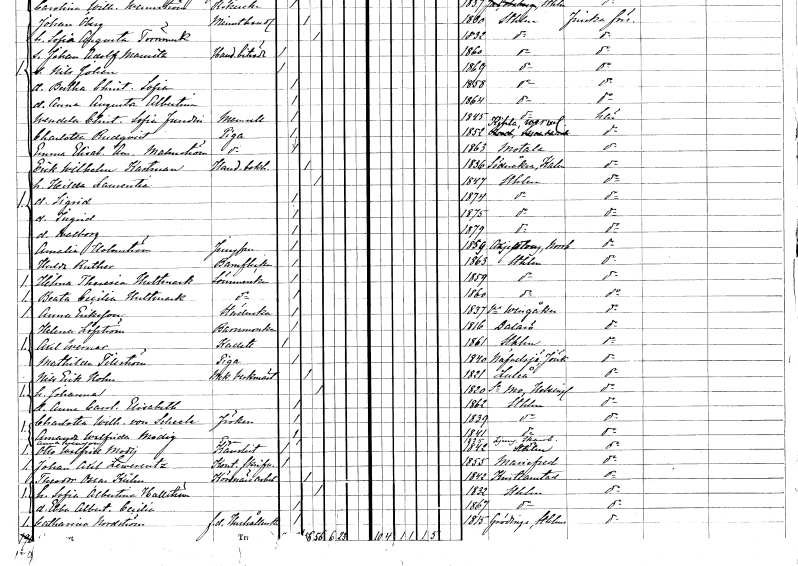
gt_parse: households: individuals: FN: Erik Wilhelm
EN: Kastman
YRKE: Handelsbokhållare
KON: M
CIV: G
FODAR: 1836
FODFORS: Söderåkra Kalmar län
FN: Hilda Laurentia
KON: K
CIV: G
FODAR: 1847
FODFORS: Stockholm
FN: Sigrid
KON: K
CIV: O
FODAR: 1874
FODFORS: Stockholm
FN: Ingrid
KON: K
CIV: O
FODAR: 1875
FODFORS: Stockholm
FN: Walborg
KON: K
CIV: O
FODAR: 1879
FODFORS: Stockholm
FN: Amalia
EN: Holmström
YRKE: Jungfru
KON: K
CIV: O
FODAR: 1859
FODFORS: Arjeplog Norrbottens län
FN: Hulda
EN: Ruther
YRKE: Barnflicka
KON: K
CIV: O
FODAR: 1863
FODFORS: Stockholm
FN: Hilma Theresia
EN: Hultmark
YRKE: Sömmerska
KON: K
CIV: O
FODAR: 1859
FODFORS: Stockholm
FN: Beata Cecilia
EN: Hultmark
YRKE: Sömmerska
KON: K
CIV: O
FODAR: 1860
FODFORS: Stockholm
FN: Anna
EN: Eriksson
YRKE: Städerska
KON: K
CIV: O
FODAR: 1837
FODFORS: Västra Vingåker Södermanlands län
FN: Helena
EN: Löfström
YRKE: Barnmorska
KON: K
CIV: O
FODAR: 1816
FODFORS: Dalarö Stockholms län
FN: Axel
EN: Werner
YRKE: Kadett
KON: M
CIV: O
FODAR: 1861
FODFORS: Stockholm
FN: Mathilda
EN: Tillström
YRKE: Piga
KON: K
CIV: O
FODAR: 1840
FODFORS: Nävelsjö Jönköpings län
FN: Nils Erik
EN: Holm
YRKE: Mekanisk verkmästare
KON: M
CIV: G
FODAR: 1821
FODFORS: Luleå Norrbottens län
FN: Johanna
KON: K
CIV: G
FODAR: 1820
FODFORS: Mo Västernorrlands län
FN: Anna Carolina Elisabeth
KON: K
CIV: O
FODAR: 1862
FODFORS: Stockholm
FN: Charlotta Wilhelmina
EN: von Scheele
KON: K
CIV: O
FODAR: 1839
FODFORS: Stockholm
FN: Amanda Walfrida
EN: Modig
KON: K
CIV: O
FODAR: 1841
FODFORS: Stockholm
FN: Anna
EN: Svensson
YRKE: Piga
KON: K
CIV: O
FODAR: 1825
FODFORS: Ljung Östergötlands län
FN: Otto Walfrid
EN: Modig
YRKE: Kanslist
KON: M
CIV: O
FODAR: 1842
FODFORS: Stockholm
FN: Johan Axel
EN: Lewerentz
YRKE: Kontorsskrivare
KON: M
CIV: O
FODAR: 1855
FODFORS: Mariefred Södermanlands län
FN: Theodor Oscar
EN: Kühn
YRKE: Körsnärsarbetare
KON: M
CIV: G
FODAR: 1842
FODFORS: Kristianstad Kristianstads län
FN: Sofia Albertina
EN: Hallström
KON: K
CIV: G
FODAR: 1832
FODFORS: Stockholm
FN: Ebba Albertina Cecilia
KON: K
CIV: O
FODAR: 1867
FODFORS: Stockholm
FN: Catharina
EN: Nordström
YRKE: Hushållerska f.d.
KON: K
CIV: O
FODAR: 1815
FODFORS: Grödinge Stockholms län